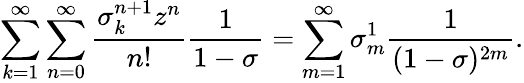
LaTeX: \sum_{k=1}^{\infty}\sum_{n=0}^{\infty}\frac{\sigma_{k}^{n+1}z^{n}}{n!}\frac{1}{1-\sigma}=\sum_{m=1}^{\infty}\sigma_{m}^{1}\frac{1}{(1-\sigma)^{2m}}.